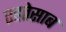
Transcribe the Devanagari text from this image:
एहतेसाब